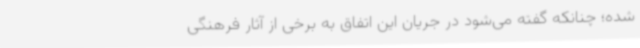
شده؛ چنانکه گفته می‌شود در جریان این اتفاق به برخی از آثار فرهنگی